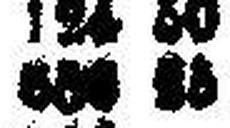
506 53